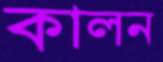
কালন